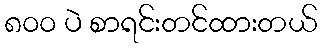
၈၀၀ ပဲ စာရင်းတင်ထားတယ်